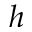
h